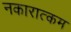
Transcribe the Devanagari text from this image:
नकारात्‍कम